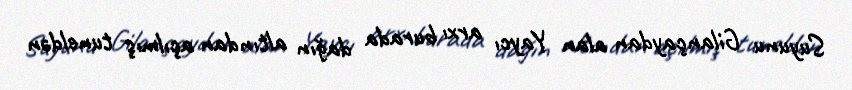
Suyunu Gilançaydan alan Yaycı arxı burada dağın altından açılmış tuneldən